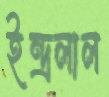
ইন্দ্রলাল